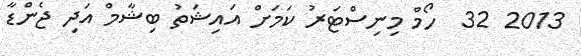
2013 32  ހޯމް މިނިސްޓަރު ކަމަށް އައިޝަތު ބިޝާމް އަދި ޖެންޑާ